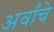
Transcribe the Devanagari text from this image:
अर्वांचे